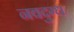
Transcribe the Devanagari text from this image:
नवदुग्ध